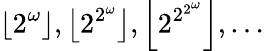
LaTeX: \left\lfloor 2^{\omega}\right\rfloor,\left\lfloor 2^{2^{\omega}}\right\rfloor,\left\lfloor 2^{2^{2^{\omega}}}\right\rfloor,\dots